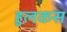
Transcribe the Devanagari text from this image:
हुलकस